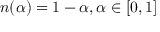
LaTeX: n ( \alpha ) = 1 - \alpha , \alpha \in [ 0 , 1 ]